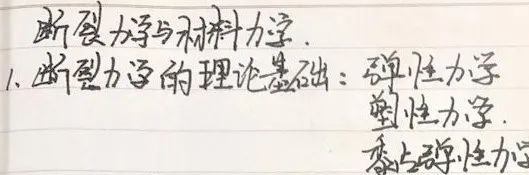
断裂力学与材料力学.1. 断裂力学的理论基础：弹性力学塑性力学.黏上弹性力学